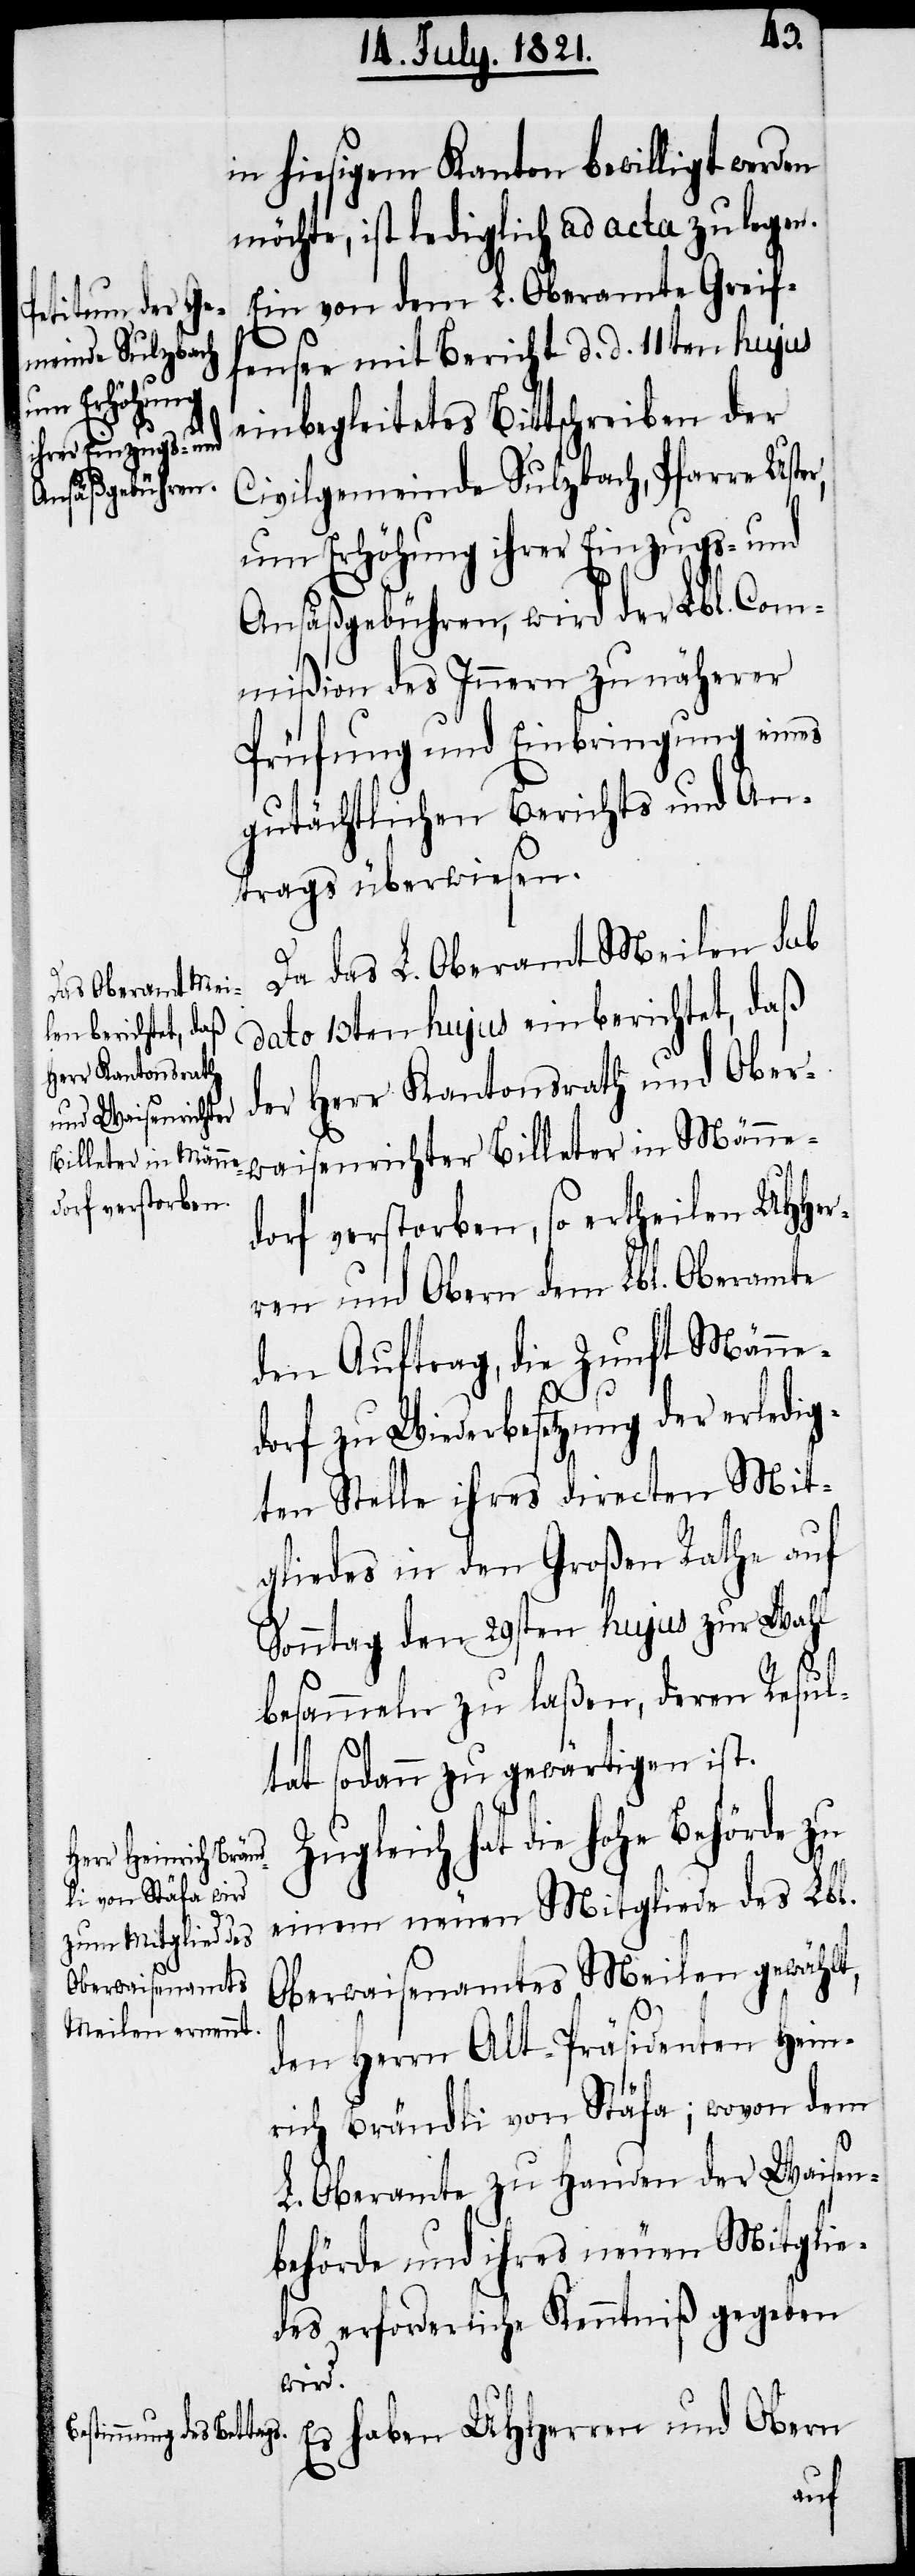
in hiesigem Kanton bewilligt werden
möchte, ist lediglich ad acta zu legen.
Ein von dem L. Oberamte Greif¬
reiben des He¬
fensee mit Bericht d. d. 11ten hujus
die schon
einbegleitetes Bittschreiben der
Civilgemeinde Sulzbach, Pfarre Uster,
um Erhöhung ihrer Einzugs- und
Ansäßgebühren, wird der Lbl. Com¬
mißion des Innern zu näherer
Prüfung und Einbringung eines
gutächtlichen Berichts und An¬
trags überwiesen.
Da das L. Oberamt Meilen sub
dato 13ten hujus einberichtet, daß
der Herr Kantonsrath und Ober¬
waisenrichter Billeter in Männe¬
dorf verstorben, so ertheilen UHHer¬
ren und Obern dem Lbl. Oberamte
den Auftrag, die Zunft Männe¬
Z¬
dorf zu Wiederbesetzung der erledig¬
ten Stelle ihres directen Mit¬
gliedes in den Großen Rathe auf
Sonntag den 29sten hujus zur Wahl
besammeln zu laßen, deren Resul¬
tat sodann zu gewärtigen ist.
ugleich hat die hohe Behörde zu
einem neuen Mitgliede des Lbl.
Oberwaisenamtes Meilen gewählt,
den Herrn Alt-Präsidenten Hein¬
rich Brändli von Stäfa; wovon dem
L. Oberamte zu Handen der Waisen¬
behörde und ihres neuen Mitglie¬
des erforderliche Kenntniß gegeben
wird.
Es haben UHHerren und Obern
Ein wiedermaliges
aus